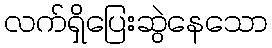
လက်ရှိပြေးဆွဲနေသော